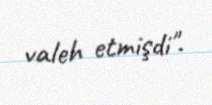
valeh etmişdi".